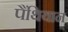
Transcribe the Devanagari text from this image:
पैंथियान